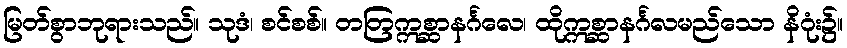
မြတ်စွာဘုရားသည်။ သုဒံ၊ စင်စစ်။ တတြဣစ္ဆာနင်္ဂလေ၊ ထိုဣစ္ဆာနင်္ဂလမည်သော နိဂုံး၌။